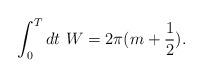
LaTeX: \begin{align*}\int_0^{T} dt \,\,W = 2\pi (m + \frac{1}{2}). \end{align*}